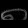
Digit: ၈